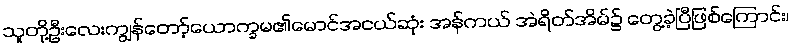
သူတို့ဦးလေးကျွန်တော့်ယောက္ခမ၏မောင်အငယ်ဆုံး အန်ကယ် အဲရိတ်အိမ်၌ တွေ့ခဲ့ပြီဖြစ်ကြောင်း၊